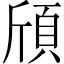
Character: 頎